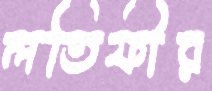
লতিফীর